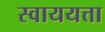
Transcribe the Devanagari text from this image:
स्वाययत्ता